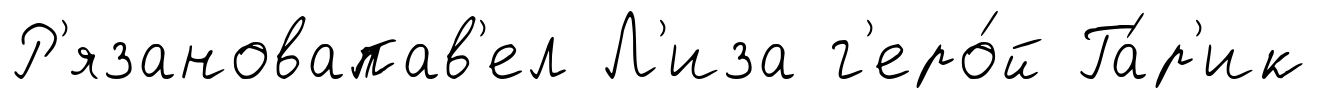
Р'язановапав'ел Л'иза г'еро́й Га́р'ик